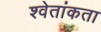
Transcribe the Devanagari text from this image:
श्वेतांकता